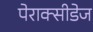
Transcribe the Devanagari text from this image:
पेराक्सीडेज